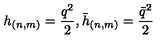
h _ { ( n , m ) } = \frac { q ^ { 2 } } { 2 } , \bar { h } _ { ( n , m ) } = \frac { \bar { q } ^ { 2 } } { 2 }